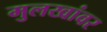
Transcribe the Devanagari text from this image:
मुलखांवर